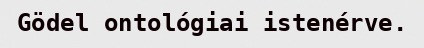
Gödel ontológiai istenérve.